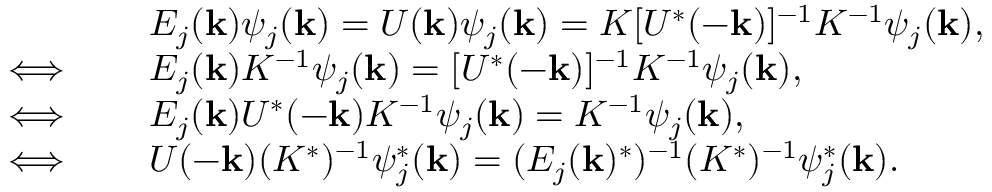
\begin{array} { r l } & { E _ { j } ( { \bf k } ) \psi _ { j } ( { \bf k } ) = U ( { \bf k } ) \psi _ { j } ( { \bf k } ) = K [ U ^ { * } ( - { \bf k } ) ] ^ { - 1 } K ^ { - 1 } \psi _ { j } ( { \bf k } ) , } \\ { \iff \quad } & { E _ { j } ( { \bf k } ) K ^ { - 1 } \psi _ { j } ( { \bf k } ) = [ U ^ { * } ( - { \bf k } ) ] ^ { - 1 } K ^ { - 1 } \psi _ { j } ( { \bf k } ) , } \\ { \iff \quad } & { E _ { j } ( { \bf k } ) U ^ { * } ( - { \bf k } ) K ^ { - 1 } \psi _ { j } ( { \bf k } ) = K ^ { - 1 } \psi _ { j } ( { \bf k } ) , } \\ { \iff \quad } & { U ( - { \bf k } ) ( K ^ { * } ) ^ { - 1 } \psi _ { j } ^ { * } ( { \bf k } ) = ( E _ { j } ( { \bf k } ) ^ { * } ) ^ { - 1 } ( K ^ { * } ) ^ { - 1 } \psi _ { j } ^ { * } ( { \bf k } ) . } \end{array}